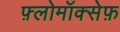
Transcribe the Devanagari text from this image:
फ़्लोमॉक्सेफ़